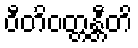
ဝီတိဝတ္တန္တီတိ